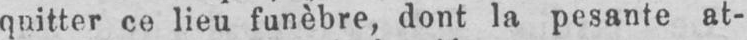
quitter ce lieu funèbre, dont la pesante at-